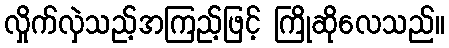
လှိုက်လှဲသည့်အကြည့်ဖြင့် ကြိုဆိုလေသည်။